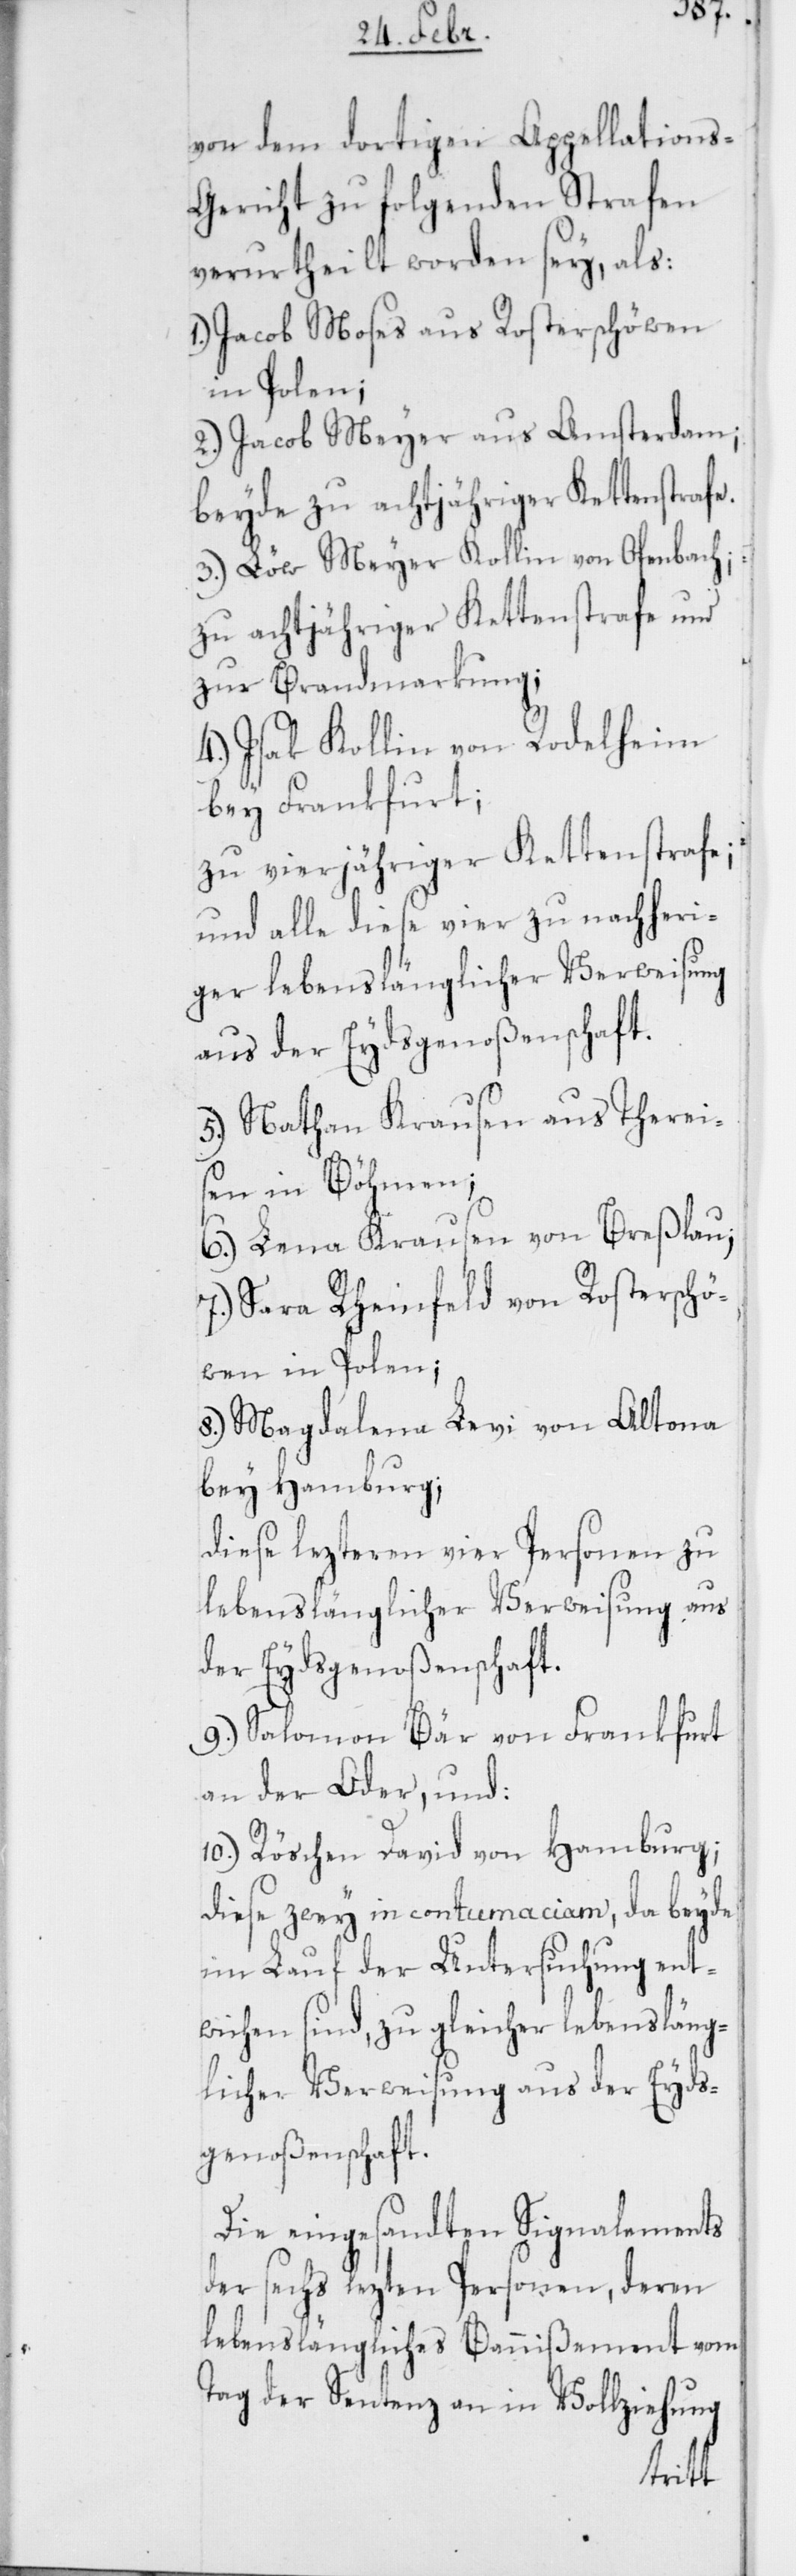
von dem dortigen Appellations-G¬
ericht zu folgenden Strafen
verurtheilt worden sey, als:
Jacob Moses aus Rosterschöwen
in Polen;
2.) Jacob Meyer aus Amsterdam;
beyde zu achtjähriger Kettenstrafe.
3.) Löw Meyer Kollin von Ofenbach;
zu achtjähriger Kettenstrafe und
zur Brandmarkung;
4.) Isak Kollin von Rodelheim
bey Frankfurt;
zu vierjähriger Kettenstrafe;
und alle diese vier zu nachheri¬
ger lebenslänglicher Verweisung
aus der Eydsgenoßenschaft.
5.) Nathan Krausen aus Therei¬
sen in Böhmen;
6.) Lena Krausen von Breßlau;
7.) Sara Rheinfeld von Rosterschö¬
wen in Polen;
8.) Magdalena Levi von Altona
bey Hamburg ;
diese lezteren vier Personen zu
lebenslänglicher Verweisung aus
der Eydsgenoßenschaft.
9.) Salomon Bär von Frankfurt
an der Oder, und:
10.) Röschen David von Hamburg;
diese zwey in contumaciam, da beyde
im Lauf der Untersuchung ent¬
wichen sind, zu gleicher lebensläng¬
licher Verweisung aus der Eyds¬
genoßenschaft.
Die eingesandten Signalements
der sechs lezten Personen, deren
lebenslängliches Bannißement vom
Tag der Sentenz an in Vollziehung